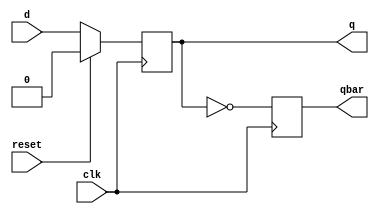
//Gate level DFF

module DFF(d,reset,clk,q,qbar);

input d,reset,clk;
output reg q,qbar;

always @(posedge clk) begin
	if(reset) begin
	q<=1'b0;
	qbar=!q;
	end
	else begin
	q<=d;
	qbar=!q;
	end
end

endmodule